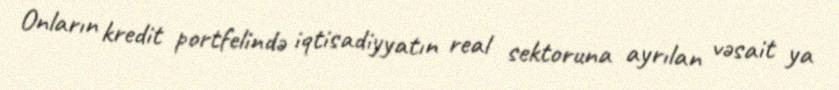
Onların kredit portfelində iqtisadiyyatın real sektoruna ayrılan vəsait ya